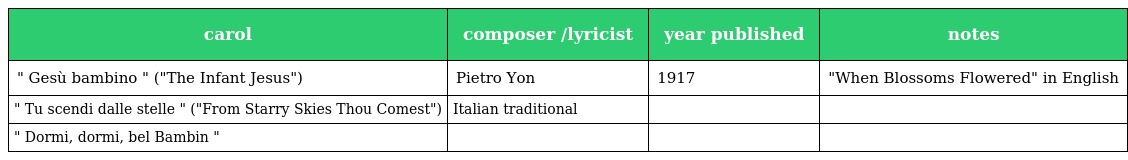
| carol | composer /lyricist | year published | notes |
 | --- | --- | --- | --- |
 | " Gesù bambino " ("The Infant Jesus") | Pietro Yon | 1917 | "When Blossoms Flowered" in English |
 | " Tu scendi dalle stelle " ("From Starry Skies Thou Comest") | Italian traditional |  |  |
 | " Dormi, dormi, bel Bambin " |  |  |  |